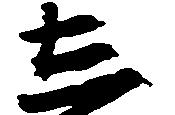
し